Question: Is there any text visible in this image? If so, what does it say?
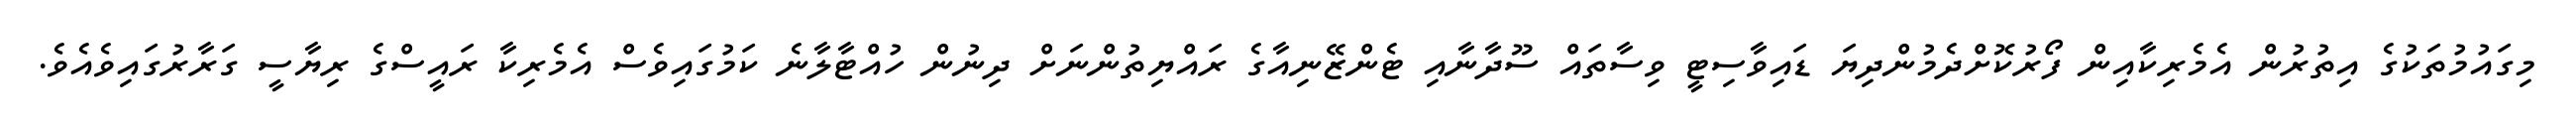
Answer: މިގައުމުތަކުގެ އިތުރުން އެމެރިކާއިން ފޯރުކޮށްދެމުންދިޔަ ޑައިވާސިޓީ ވިސާތައް ސޫދާނާއި ޓެންޒޭނިއާގެ ރައްޔިތުންނަށް ދިނުން ހުއްޓާލާނެ ކަމުގައިވެސް އެމެރިކާ ރައީސްގެ ރިޔާސީ ގަރާރުގައިވެއެވެ.